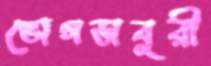
ভোগডাবুরী